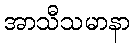
အာသီသမာနာ